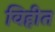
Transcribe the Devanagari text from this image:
विहीत